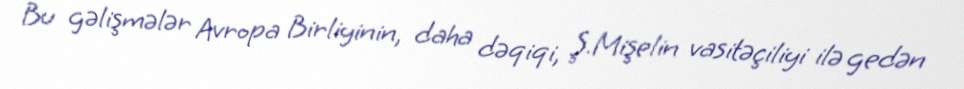
Bu gəlişmələr Avropa Birliyinin, daha dəqiqi, Ş.Mişelin vasitəçiliyi ilə gedən